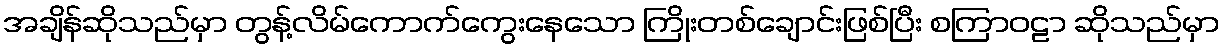
အချိန်ဆိုသည်မှာ တွန့်လိမ်ကောက်ကွေးနေသော ကြိုးတစ်ချောင်းဖြစ်ပြီး စကြာဝဠာ ဆိုသည်မှာ